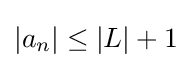
|a_{n}|\leq |L|+1